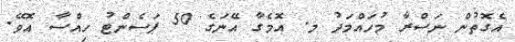
އެގޮތުން ނަސްރާ މުހައްމަދު މ. އޮމެގާ އޭނަގެ 50 ޕަސެންޓު ހިއްސާ އޮވޭ.